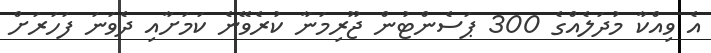
އެ ވިއްކާ މުދަލެއްގެ 300 ޕަސެންޓުން ޖޫރިމަނާ ކުރެވޭނެ ކަމަށާއި ދެވަނަ ފަހަރަށް